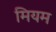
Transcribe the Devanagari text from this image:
मियम